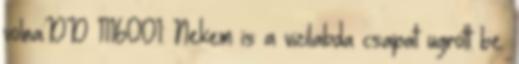
volna:DD 1116001: Nekem is a vizilabda csapat ugrott be.